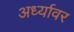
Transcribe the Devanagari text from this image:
अर्ध्यावर